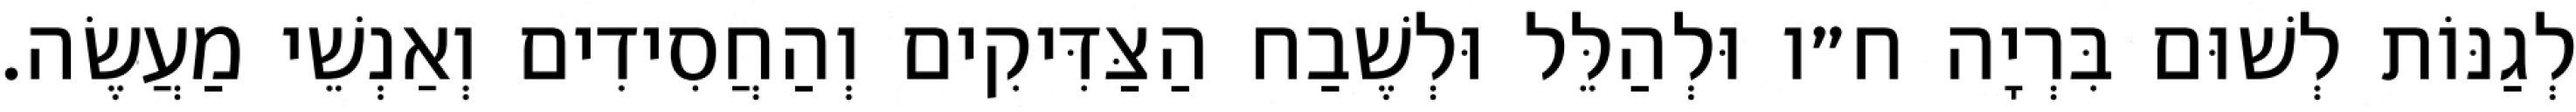
לְגַנּוֹת לְשׁוּם בִּרְיָה ח״ו וּלְהַלֵּל וּלְשֶׁבַח הַצַּדִּיקִים וְהַחֲסִידִים וְאַנְשֵׁי מַעֲשֶׂה.